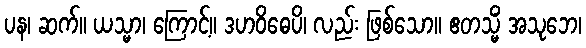
ပန၊ ဆက်။ ယသ္မာ၊ ကြောင့်။ ဒဟဝိဓေပိ၊ လည်း ဖြစ်သော။ ဧတသ္မိံ အသုဘေ၊